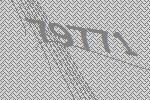
79771